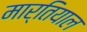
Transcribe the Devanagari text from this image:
मार्तियाल